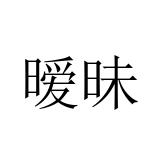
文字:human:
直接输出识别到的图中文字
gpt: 暧昧